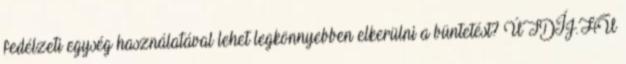
fedélzeti egység használatával lehet legkönnyebben elkerülni a büntetést? ÚTDÍJ.HU